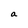
Character: a